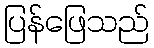
ပြန်ဖြေသည်